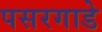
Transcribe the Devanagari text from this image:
पसरगाडे